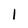
Character: 1